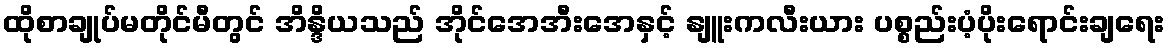
ထိုစာချုပ်မတိုင်မီတွင် အိန္ဒိယသည် အိုင်အေအီးအေနှင့် နျူးကလီးယား ပစ္စည်းပံ့ပိုးရောင်းချရေး